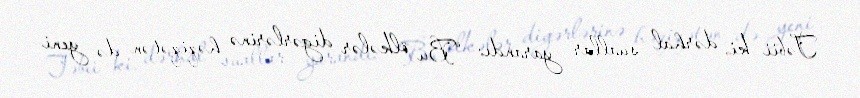
Təbii ki, dərhal suallar yarandı: “Bu ölkələr digərlərinə həqiqətən də yeni